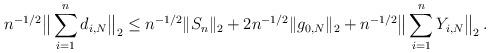
LaTeX: \begin{align*} n^{-1/2} \big \Vert \sum_{i=1}^n d_{i,N} \big \Vert_2 \leq n^{-1/2} \Vert S_n \Vert_2 + 2 n^{-1/2} \Vert g_{0,N} \Vert_2 + n^{-1/2} \big \Vert \sum_{i=1}^n Y_{i,N} \big \Vert_2 \, .\end{align*}